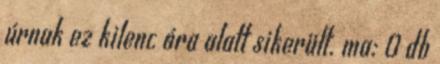
úrnak ez kilenc óra alatt sikerült. ma: 0 db